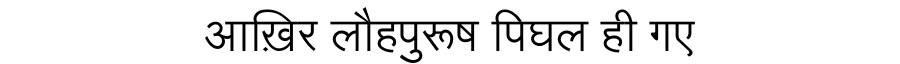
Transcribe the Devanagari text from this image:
आख़िर लौहपुरूष पिघल ही गए